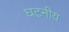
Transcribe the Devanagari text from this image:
घटनीय